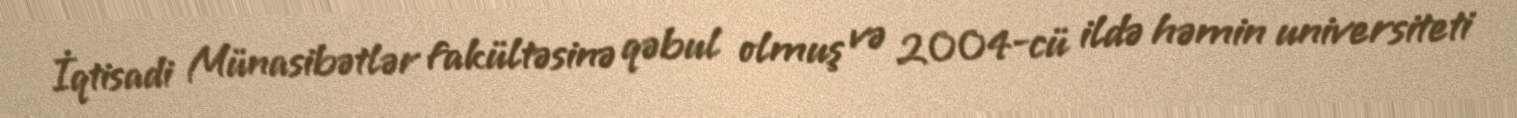
İqtisadi Münasibətlər fakültəsinə qəbul olmuş və 2004-cü ildə həmin universiteti